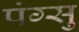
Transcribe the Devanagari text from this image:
पंग्सु